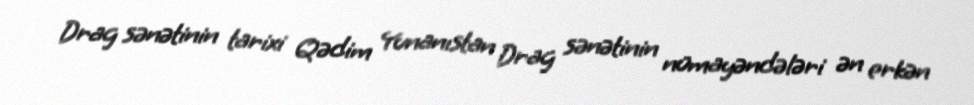
Drag sənətinin tarixi Qədim Yunanıstan Drag sənətinin nümayəndələri ən erkən